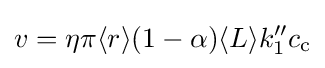
v=\eta \pi \langle r\rangle (1-\alpha )\langle L\rangle k_{1}''c_{\rm {c}}